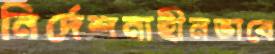
নির্দেশনাহীনভাবে